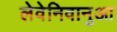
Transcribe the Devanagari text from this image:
लेवेनिवानुआ